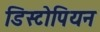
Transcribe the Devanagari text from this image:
डिस्टोपियन